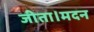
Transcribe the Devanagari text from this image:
जीता।मदन